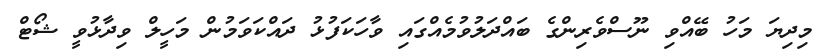
މިދިޔަ މަހު ބޭއްވި ނޫސްވެރިންގެ ބައްދަލުވުމެއްގައި ވާހަކަފުޅު ދައްކަވަމުން މަހީލް ވިދާޅުވީ ޝޯޓް